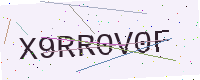
Text: X9RR0V0F